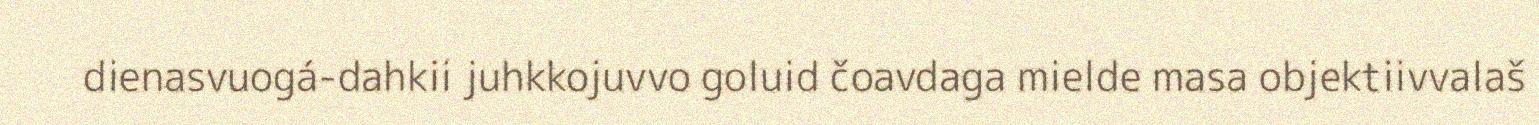
dienasvuogá-dahkii juhkkojuvvo goluid čoavdaga mielde masa objektiivvalaš